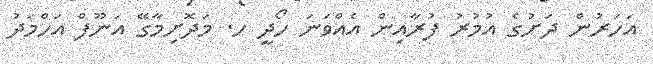
އަހަރުން ދަށުގެ އުމުރު ފުރާއިން އެއްވަނަ ހޯދީ ހ. މަދޮށިމާގޭ އަނޫފް އަހްމަދު